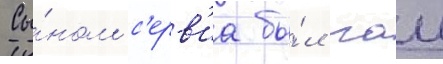
Сы́ном с'ерв'иа бы́л гаи